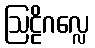
ဩဠိဂလ္လေ